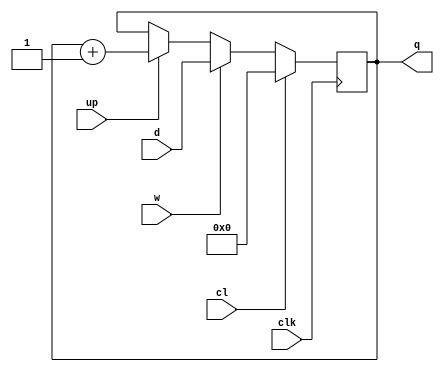
/**
 * @Author: German Cano Quiveu <germancq>
 * @Date:   2019-03-06T17:51:06+01:00
 * @Email:  germancq@dte.us.es
 * @Filename: counter_load.v
 * @Last modified by:   germancq
 * @Last modified time: 2019-03-06T17:52:57+01:00
 */
 module counter_load(
 	input clk,
 	input cl,
  input up,
  input w,
  input [31:0] d,
 	output reg [31:0] q
     );

  always @(posedge clk)
 	begin
   	if (cl == 1)
   		q<=0;
   	else if(w == 1)
      q<=d;
    else
   		if(up == 1)
   			q<=q+1;
 	end


 endmodule